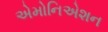
એમોનિએશન